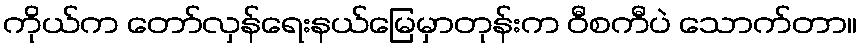
ကိုယ်က တော်လှန်ရေးနယ်မြေမှာတုန်းက ဝီစကီပဲ သောက်တာ။